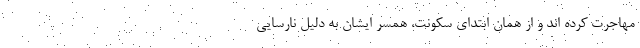
مهاجرت کرده اند و از همان ابتدای سکونت، همسر ایشان به دلیل نارسایی